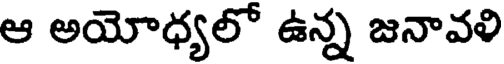
ఆ అయోధ్యలో ఉన్న జనావళి